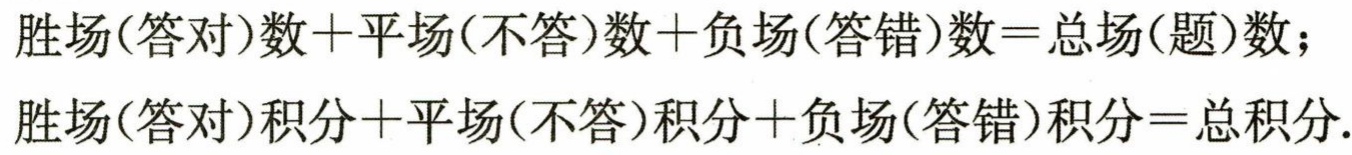
胜场(答对)数+平场(不答)数+负场(答错)数=总场(题)数；

胜场(答对)积分+平场(不答)积分+负场(答错)积分=总积分.